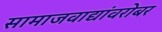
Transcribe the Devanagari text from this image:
सामाजवाद्यांवरोबर